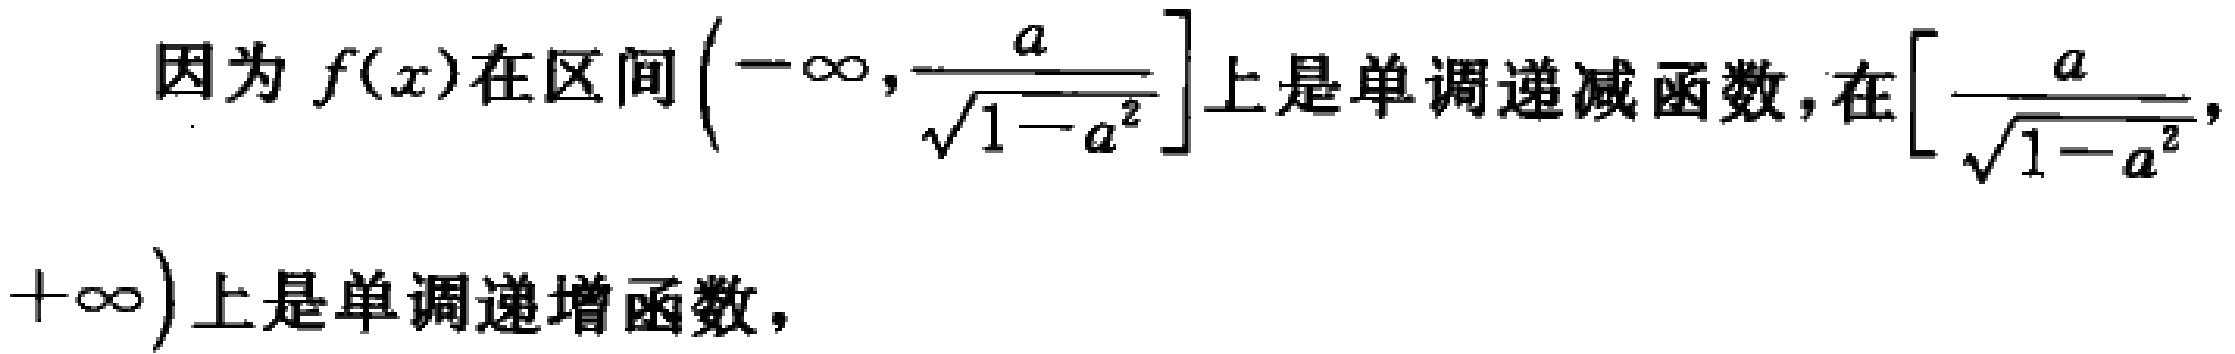
因为 \(f(x)\) 在区间 \(\left(-\infty,\frac{a}{\sqrt{1 - a^{2}}}\right]\) 上是单调递减函数，在 \(\left[\frac{a}{\sqrt{1 - a^{2}}},+\infty\right)\) 上是单调递增函数，